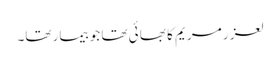
لعز ر مریم کا بھا ئی تھا جو بیمار تھا۔